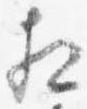
相